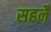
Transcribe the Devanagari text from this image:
सहनै